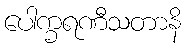
ပေါက္ခရဏီသတာနိ